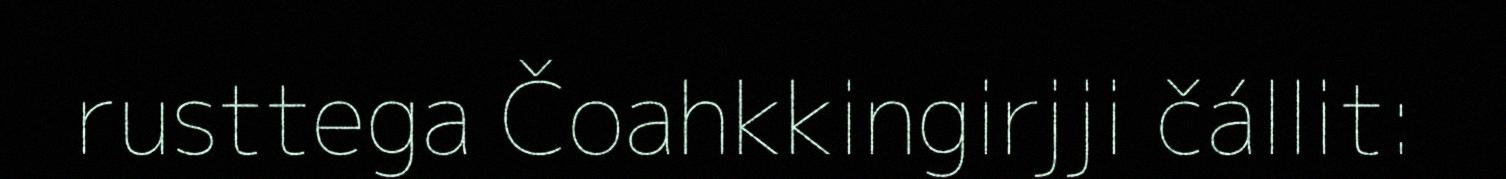
rusttega Čoahkkingirjji čállit: